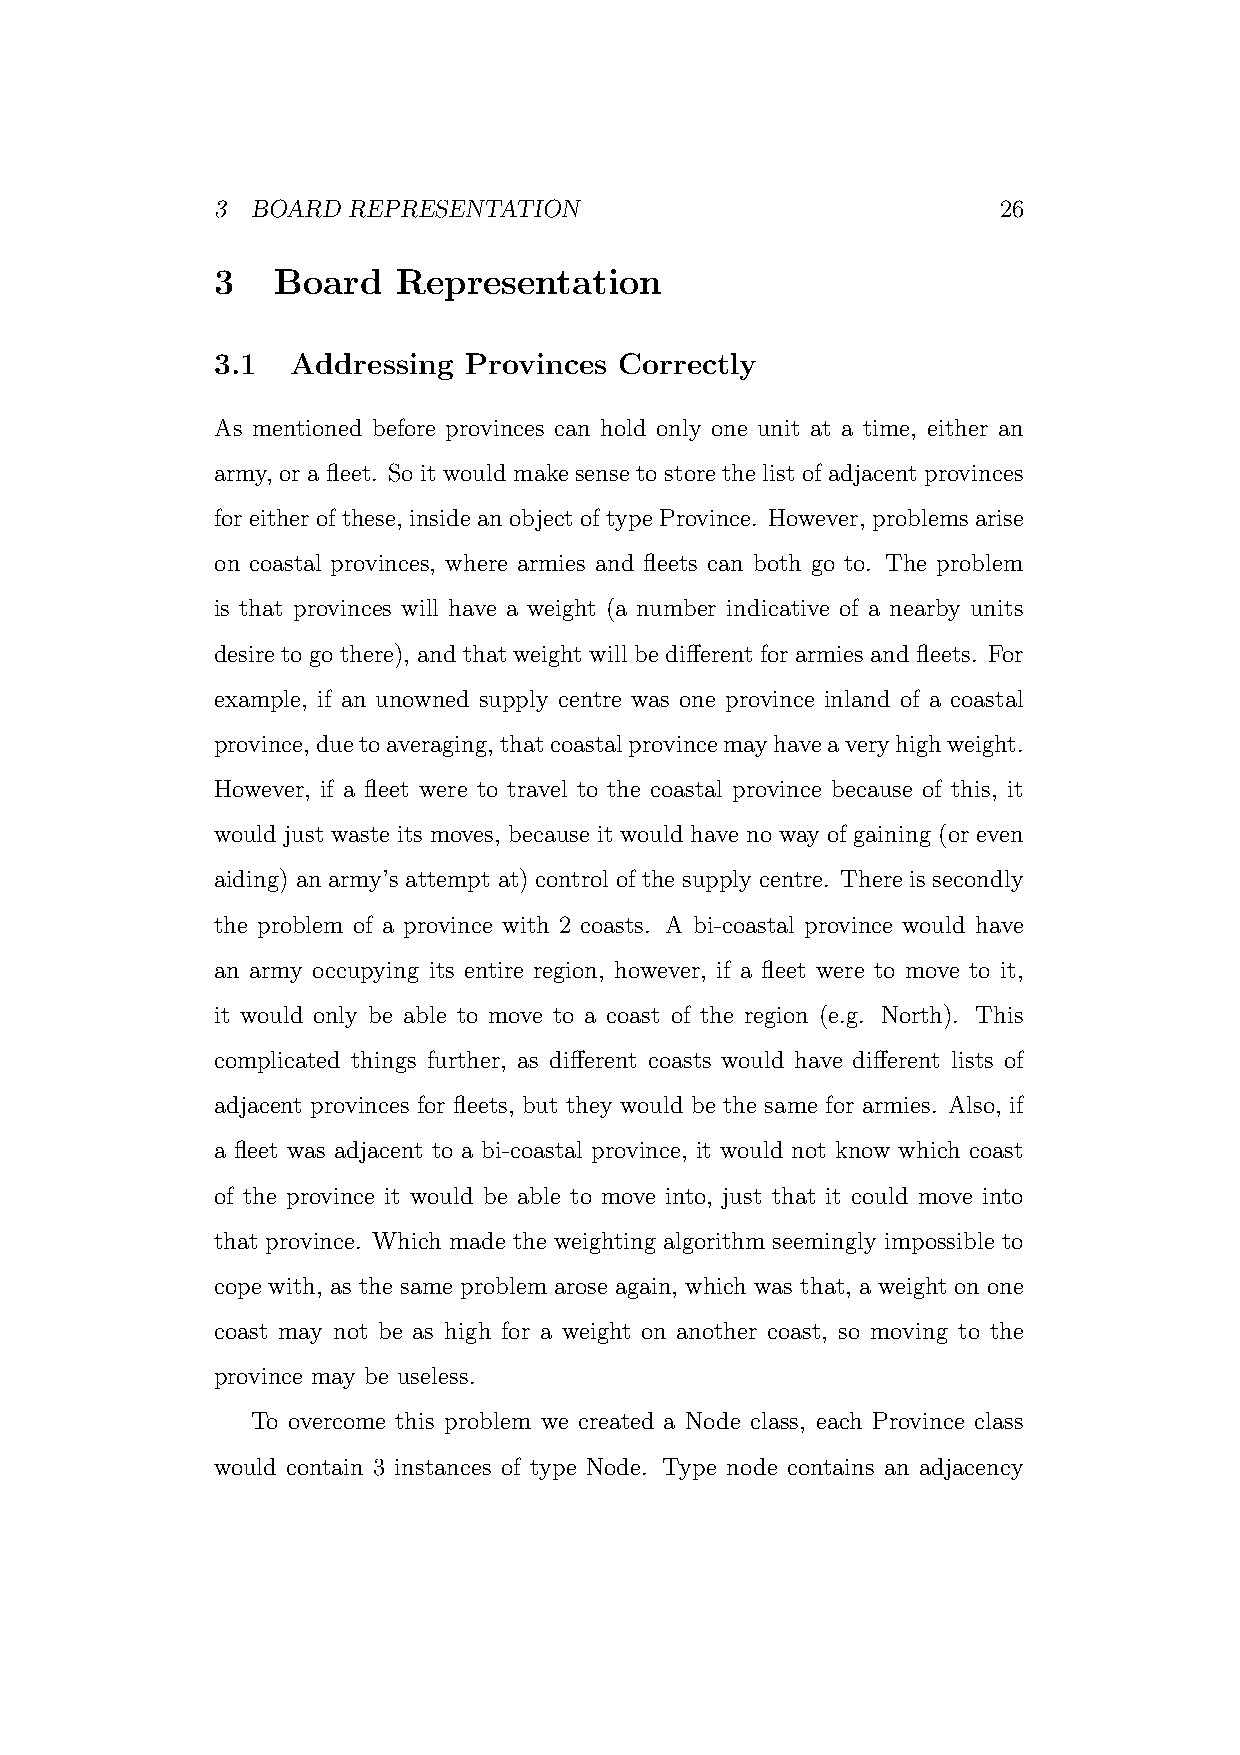
3  BOARD REPRESENTATION                             26
 3   Board   Representation
 3.1  Addressing  Provinces Correctly
 As mentioned before provinces can hold only one unit at a time, either an
 army, or a fleet. So it would make sense to store the list of adjacent provinces
 foreitherofthese, insideanobjectoftypeProvince. However, problemsarise
 on coastal provinces, where armies and fleets can both go to. The problem
 is that provinces will have a weight (a number indicative of a nearby units
 desire to go there), and that weight will be different for armies and fleets. For
 example, if an unowned supply centre was one province inland of a coastal
 province,duetoaveraging,thatcoastalprovincemayhaveaveryhighweight.
 However, if a fleet were to travel to the coastal province because of this, it
 would just waste its moves, because it would have no way of gaining (or even
 aiding) an army’s attempt at) control of the supply centre. There is secondly
 the problem of a province with 2 coasts. A bi-coastal province would have
 an army occupying its entire region, however, if a fleet were to move to it,
 it would only be able to move to a coast of the region (e.g. North). This
 complicated things further, as different coasts would have different lists of
 adjacent provinces for fleets, but they would be the same for armies. Also, if
 a fleet was adjacent to a bi-coastal province, it would not know which coast
 of the province it would be able to move into, just that it could move into
 that province. Which made the weighting algorithm seemingly impossible to
 cope with, as the same problem arose again, which was that, a weight on one
 coast may not be as high for a weight on another coast, so moving to the
 province may be useless.
 To overcome this problem we created a Node class, each Province class
 would contain 3 instances of type Node. Type node contains an adjacency